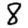
Digit: 8